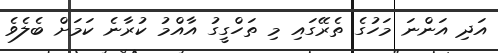
އަދި އަންނަ މަހުގެ ތެރޭގައި މި ތަހްގީގު އާއްމު ކުރާނެ ކަމަށް ބެލެވެ